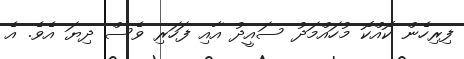
ފިރިހެން ކޮއްކޮ މުހައްމަދު ސައީދު އާއި ފަހަރި ވެސް ދިޔަ އެވެ. އެ